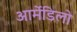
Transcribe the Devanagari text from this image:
आर्मेडिलो